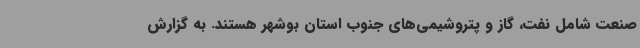
صنعت شامل نفت، گاز و پتروشیمی‌های جنوب استان بوشهر هستند. به گزارش